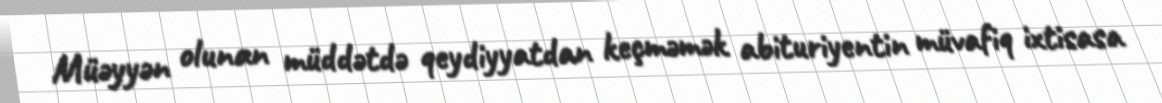
Müəyyən olunan müddətdə qeydiyyatdan keçməmək abituriyentin müvafiq ixtisasa